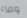
وماء